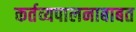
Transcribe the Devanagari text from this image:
कर्तव्यपालनाबाबत